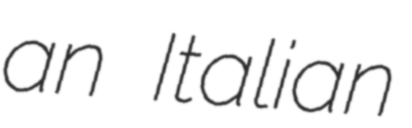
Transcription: an Italian